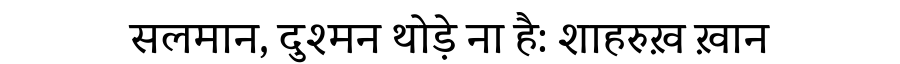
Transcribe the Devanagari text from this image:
सलमान, दुश्मन थोड़े ना है: शाहरुख़ ख़ान